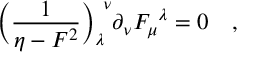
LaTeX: \Bigl ( { \frac { 1 } { \eta - F ^ { 2 } } } \Bigr ) _ { \lambda } ^ { \ \nu } \partial _ { \nu } F _ { \mu } ^ { \ \lambda } = 0 \quad ,